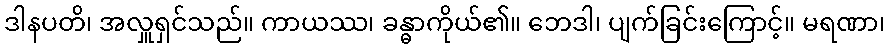
ဒါနပတိ၊ အလှူရှင်သည်။ ကာယဿ၊ ခန္ဓာကိုယ်၏။ ဘေဒါ၊ ပျက်ခြင်းကြောင့်။ မရဏာ၊